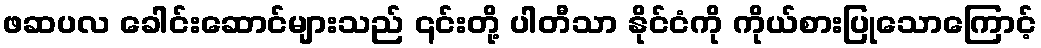
ဖဆပလ ခေါင်းဆောင်များသည် ၎င်းတို့ ပါတီသာ နိုင်ငံကို ကိုယ်စားပြုသောကြောင့်